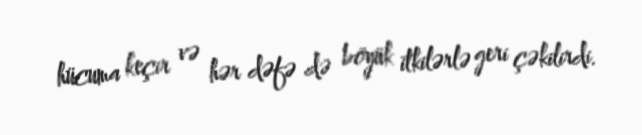
hücuma keçir və hər dəfə də böyük itkilərlə geri çəkilirdi.